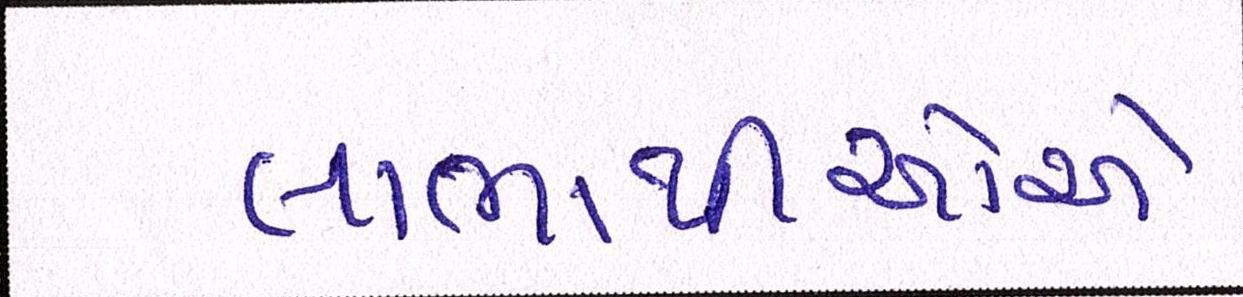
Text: લાભાર્થીઓએ